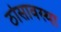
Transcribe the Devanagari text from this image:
ठोसावस्था